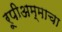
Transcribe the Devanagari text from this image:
रूपीअम्माचा